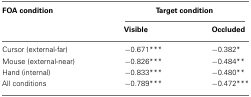
| FOA condition | <COLSPAN=2> Target condition |
 |  | Visible | Occluded |
 | --- | --- | --- |
 | Cursor (external-far) | −0.671*** | −0.382* |
 | Mouse (external-near) | −0.826*** | −0.484** |
 | Hand (internal) | −0.833*** | −0.480** |
 | All conditions | −0.789*** | −0.472*** |